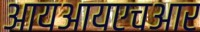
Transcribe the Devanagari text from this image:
आयआयएचआर